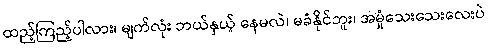
ထည့်ကြည့်ပါလား၊ မျက်လုံး ဘယ်နှယ့် နေမလဲ၊ မခံနိုင်ဘူး၊ အမှုံသေးသေးလေးပဲ